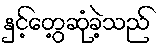
နှင့်တွေ့ဆုံခဲ့သည်